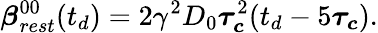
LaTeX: \boldsymbol{\beta}_{rest}^{00}(t_{d})=2\gamma^{2}D_{0}\boldsymbol{\tau_{c}}^{2}(t_{d}-5\boldsymbol{\tau_{c}}).